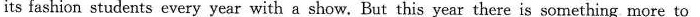
its fashion students every year with a show. But this year there is something more to